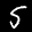
Label: 5